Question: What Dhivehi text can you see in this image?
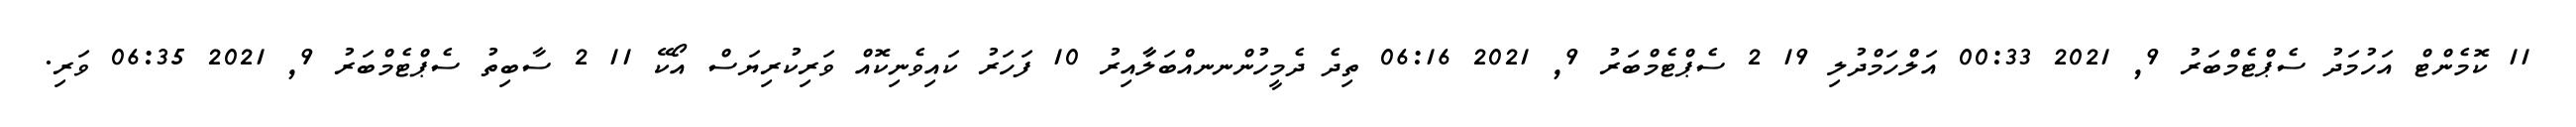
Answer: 11 ކޮމެންޓް އަހުމަދު ސެޕްޓެމްބަރު 9, 2021 00:33 އަލްހަމްދުލި 19 2 ސެޕްޓެމްބަރު 9, 2021 06:16 ތިދެ ދެމީހުންނނއްބަލާާއިރު 10 ފަހަރު ކައިވެނިކޮއް ވަރިކުރިޔަސް އޯކޭ 11 2 ސާބިތު ސެޕްޓެމްބަރު 9, 2021 06:35 ވަރި.